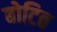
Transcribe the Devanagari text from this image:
बोटित